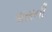
પાસની